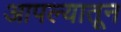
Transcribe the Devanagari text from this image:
आपल्यातून